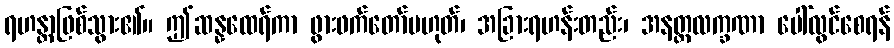
ရဟန္တာဖြစ်သွား၏။ ဤဆန္နထေရ်ကာ ဖွားဖက်တော်မဟုတ်၊ အခြားရဟန်းတည်း၊ အနတ္တလက္ခဏာ ပေါ်လွင်စေရန်